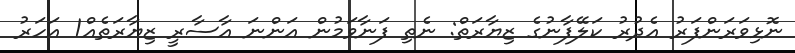
ނޮޅިވަރަންފަރު އެދުރު ކަލޭފާނުގެ ޒިޔާރަތް: ނެތި ފަނާވަމުން އަންނަ އާސާރީ ޒިޔާރަތެއް1 އަހަރު